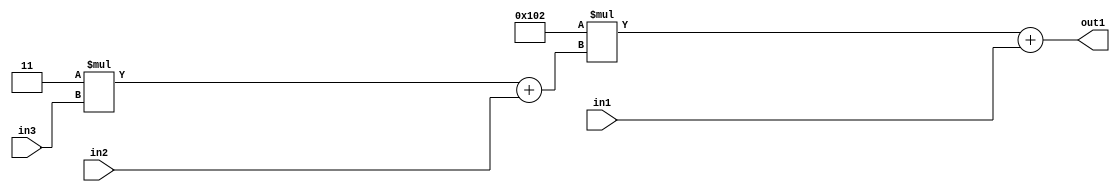
`timescale 1ps / 1ps
/*****************************************************************************
    Verilog RTL Description
    
    
    Created by: Stratus DpOpt 2019.1.01 
*******************************************************************************/

module DC_Filter_Add2u9Mul2i258Add2u2Mul2i3u2_4 (
	in3,
	in2,
	in1,
	out1
	); /* architecture "behavioural" */ 
input [1:0] in3,
	in2;
input [8:0] in1;
output [11:0] out1;
wire [11:0] asc001;
wire [3:0] asc002;

wire [3:0] asc002_tmp_0;
assign asc002_tmp_0 = 
	+(4'B0011 * in3);
assign asc002 = asc002_tmp_0
	+(in2);

wire [11:0] asc001_tmp_1;
assign asc001_tmp_1 = 
	+(12'B000100000010 * asc002);
assign asc001 = asc001_tmp_1
	+(in1);

assign out1 = asc001;
endmodule

/* CADENCE  v7b5Twk= : u9/ySgnWtBlWxVPRXgAZ4Og= ** DO NOT EDIT THIS LINE ******/